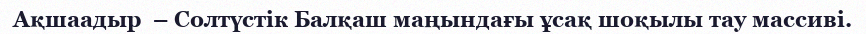
Ақшаадыр  – Солтүстік Балқаш маңындағы ұсақ шоқылы тау массиві.